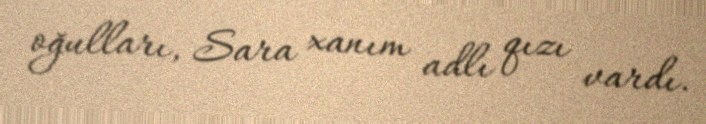
oğulları, Sara xanım adlı qızı vardı.